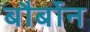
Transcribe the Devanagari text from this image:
बौर्बोन